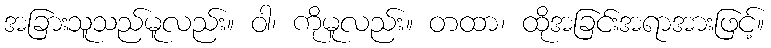
အခြားသူသည်မူလည်း။ ဝါ၊ ကိုမူလည်း။ တထာ၊ ထိုအခြင်းအရာအားဖြင့်။